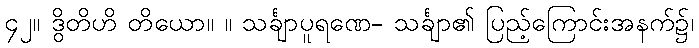
၄၂။ ဒွိတိဟိ တိယော။ ။ သင်္ချာပူရဏေ- သင်္ချာ၏ ပြည့်ကြောင်းအနက်၌၊